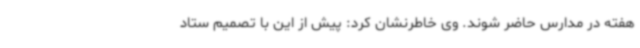
هفته در مدارس حاضر شوند. وی خاطرنشان کرد: پیش از این با تصمیم ستاد